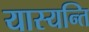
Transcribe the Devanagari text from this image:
यास्यन्ति